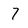
Character: 7